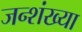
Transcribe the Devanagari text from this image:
जन्शंख्या